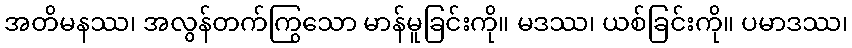
အတိမနဿ၊ အလွန်တက်ကြွသော မာန်မူခြင်းကို။ မဒဿ၊ ယစ်ခြင်းကို။ ပမာဒဿ၊